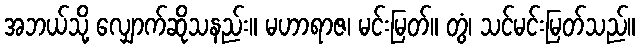
အဘယ်သို့ လျှောက်ဆိုသနည်း။ မဟာရာဇ၊ မင်းမြတ်။ တွံ၊ သင်မင်းမြတ်သည်။